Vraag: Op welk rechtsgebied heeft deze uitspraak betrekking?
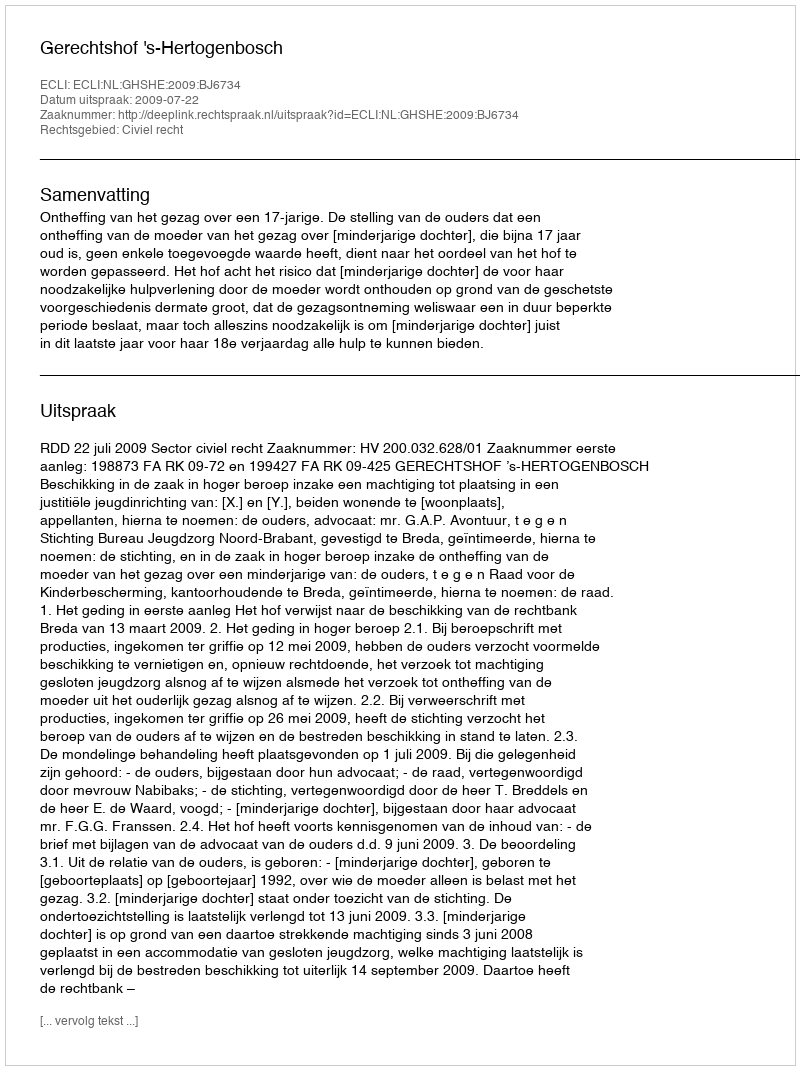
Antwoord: Civiel recht